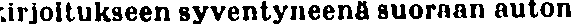
irjoitukseen syventyneenä suoraan auton